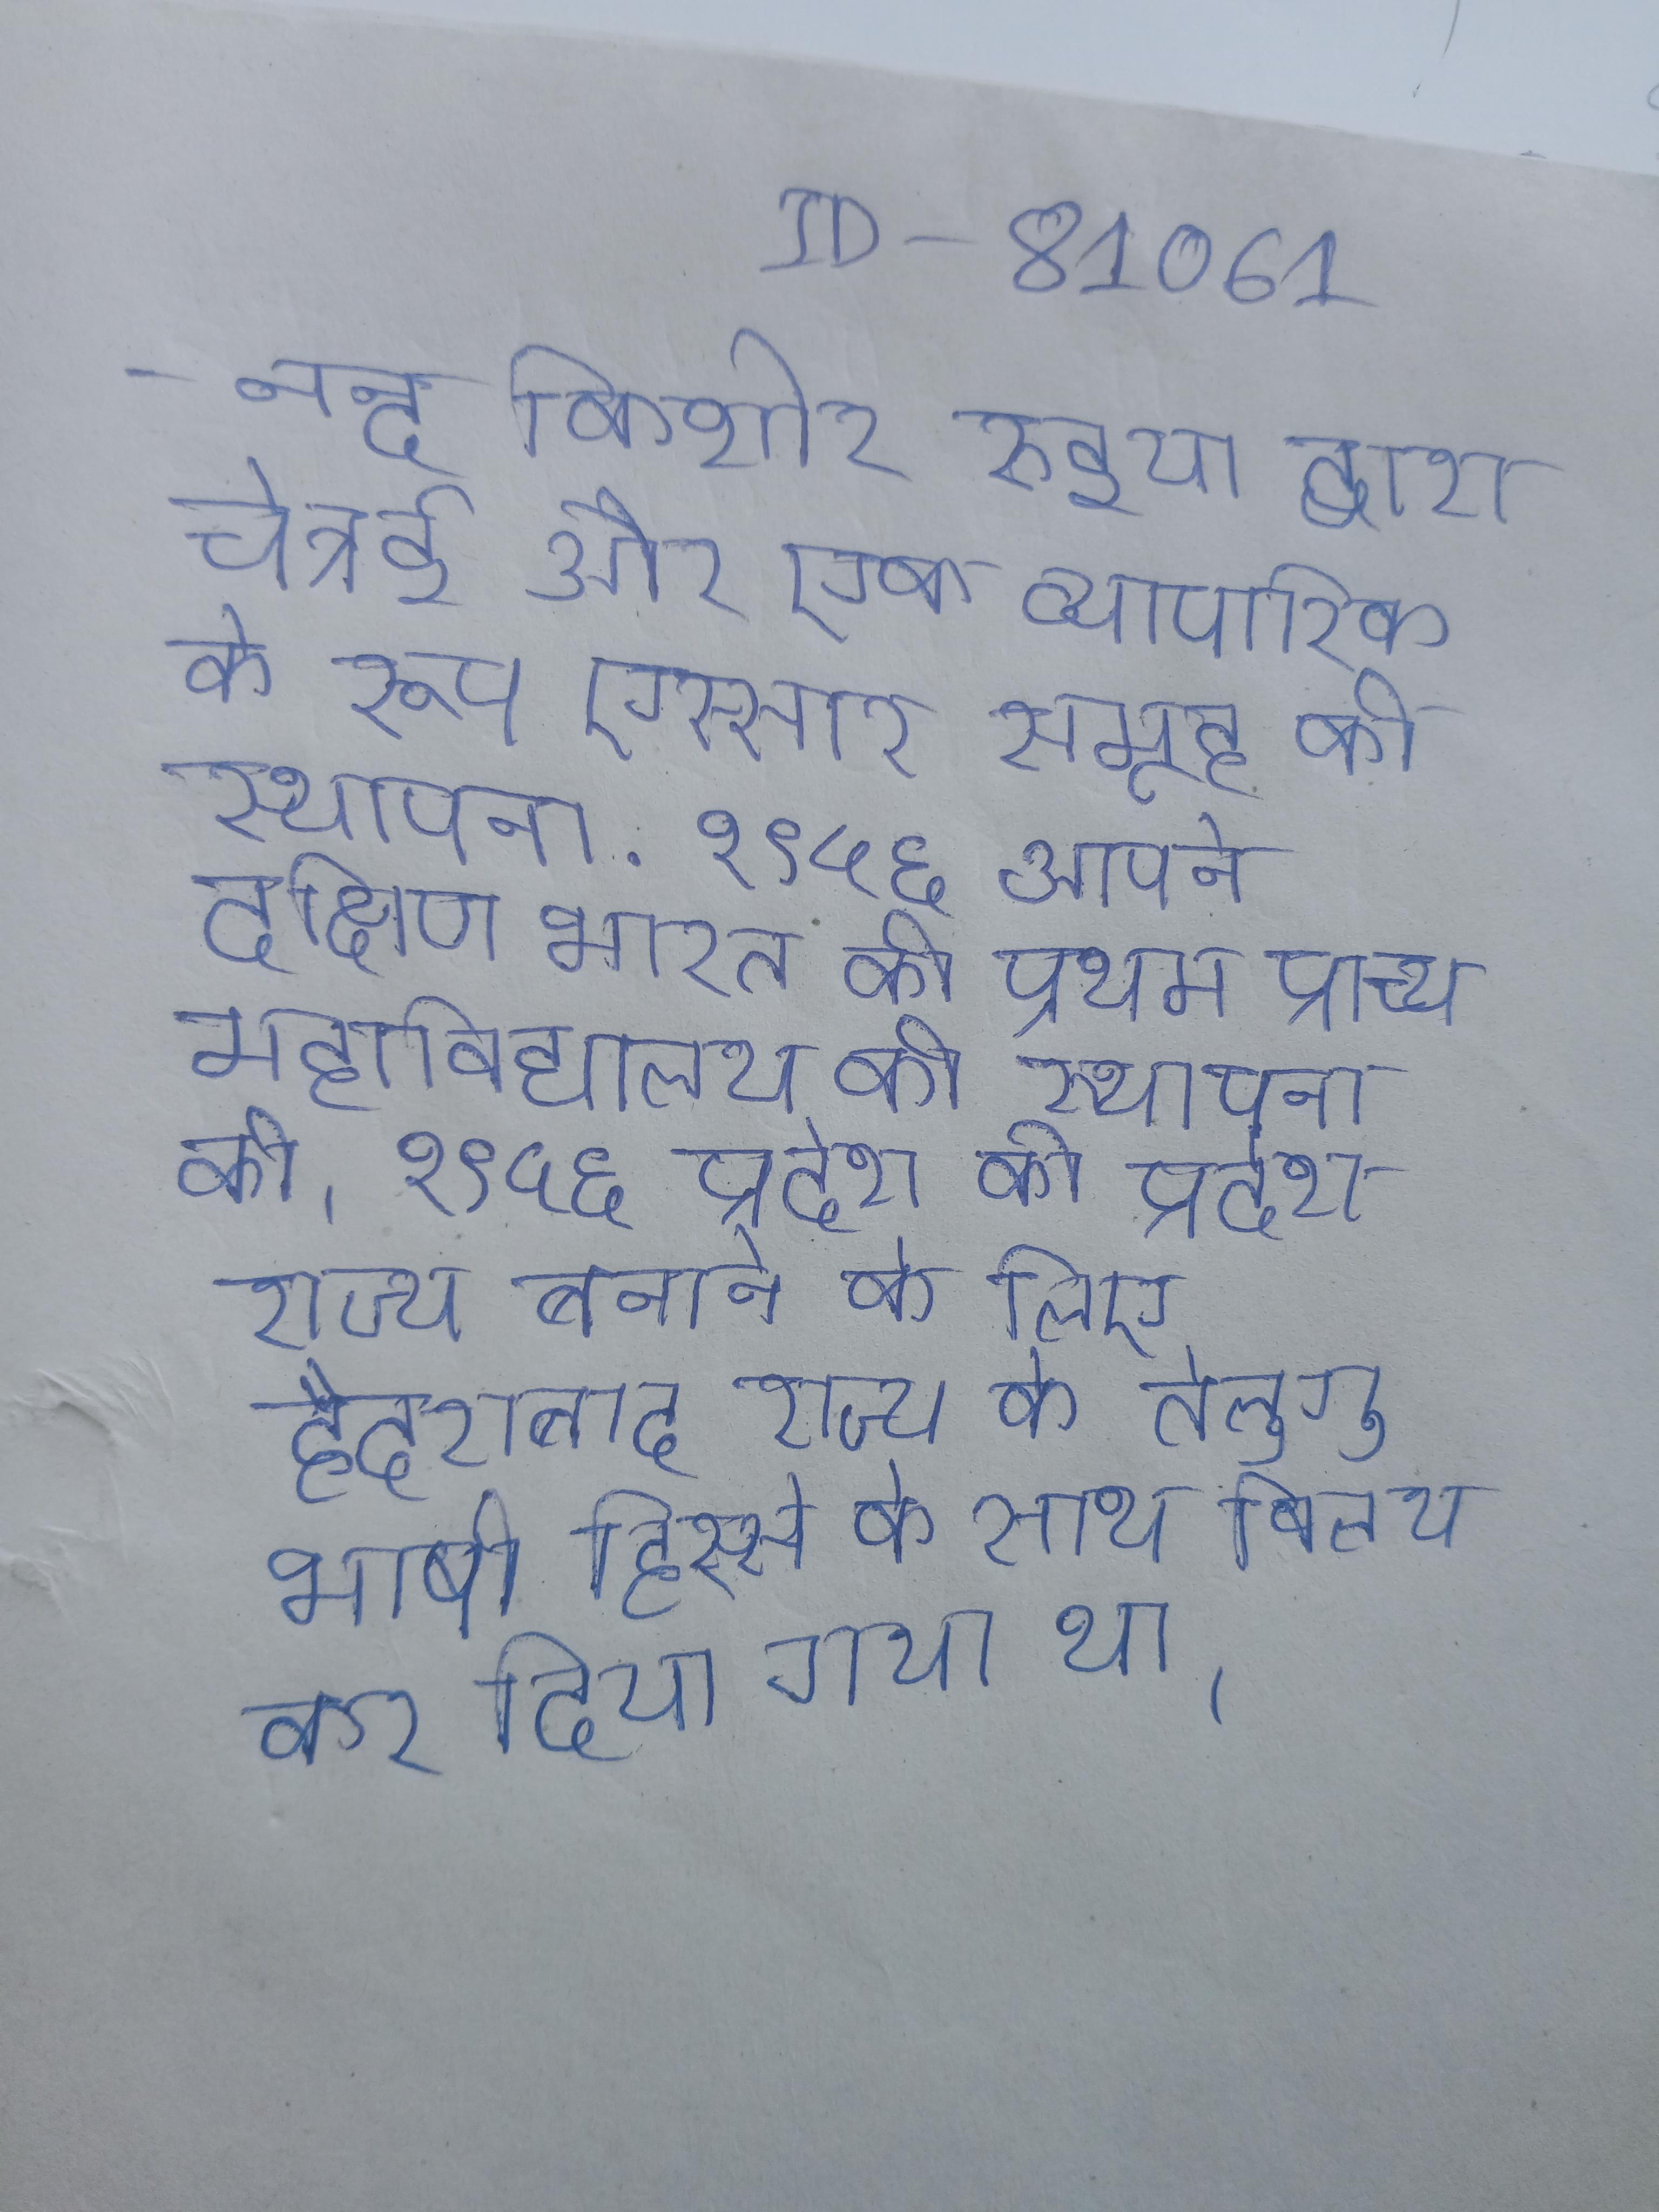
- नन्द किशोर रुइया द्वारा चेन्नई और एक व्यापारिक के रूप एस्सार समूह की स्थापना . १९५६ आपने दक्षिण भारत की प्रथम प्राच्य महाविद्यालय की स्थापना की । १९५६ प्रदेश को प्रदेश राज्य बनाने के लिए हैदराबाद राज्य के तेलुगु भाषी हिस्से के साथ विलय कर दिया गया था ।